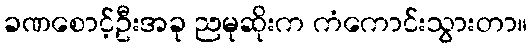
ခဏစောင့်ဦးအခု ညမုဆိုးက ကံကောင်းသွားတာ။